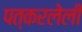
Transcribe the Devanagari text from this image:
पत्करलेली